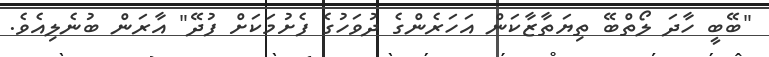
"ބޭބީ ހާދަ ލޯތްބޭ ތިޔަތާޒާކަން އަހަރެންގެ ދުވަހުގެ ފެށުމަކަށް ފުދޭ" އާރަން ބުނެލިއެވެ.